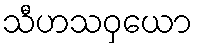
သီဟသဝှယော